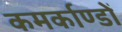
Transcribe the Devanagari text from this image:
कमर्काण्डों